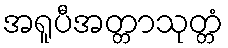
အရူပီအတ္တာသုတ္တံ